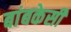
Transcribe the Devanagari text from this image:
बांबकेसी